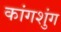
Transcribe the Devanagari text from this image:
कांगशुंग